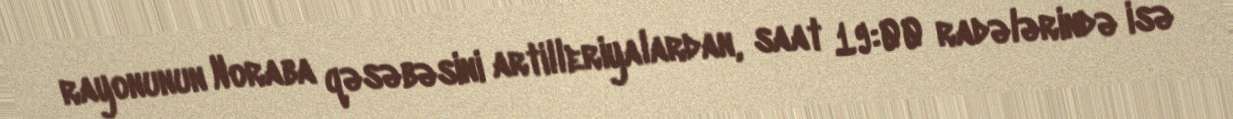
rayonunun Noraba qəsəbəsini artilleriyalardan, saat 19:00 radələrində isə